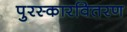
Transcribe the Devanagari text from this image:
पुरस्कारवितरण